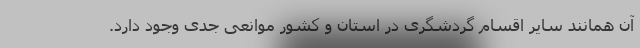
آن همانند سایر اقسام گردشگری در استان و کشور موانعی جدی وجود دارد.